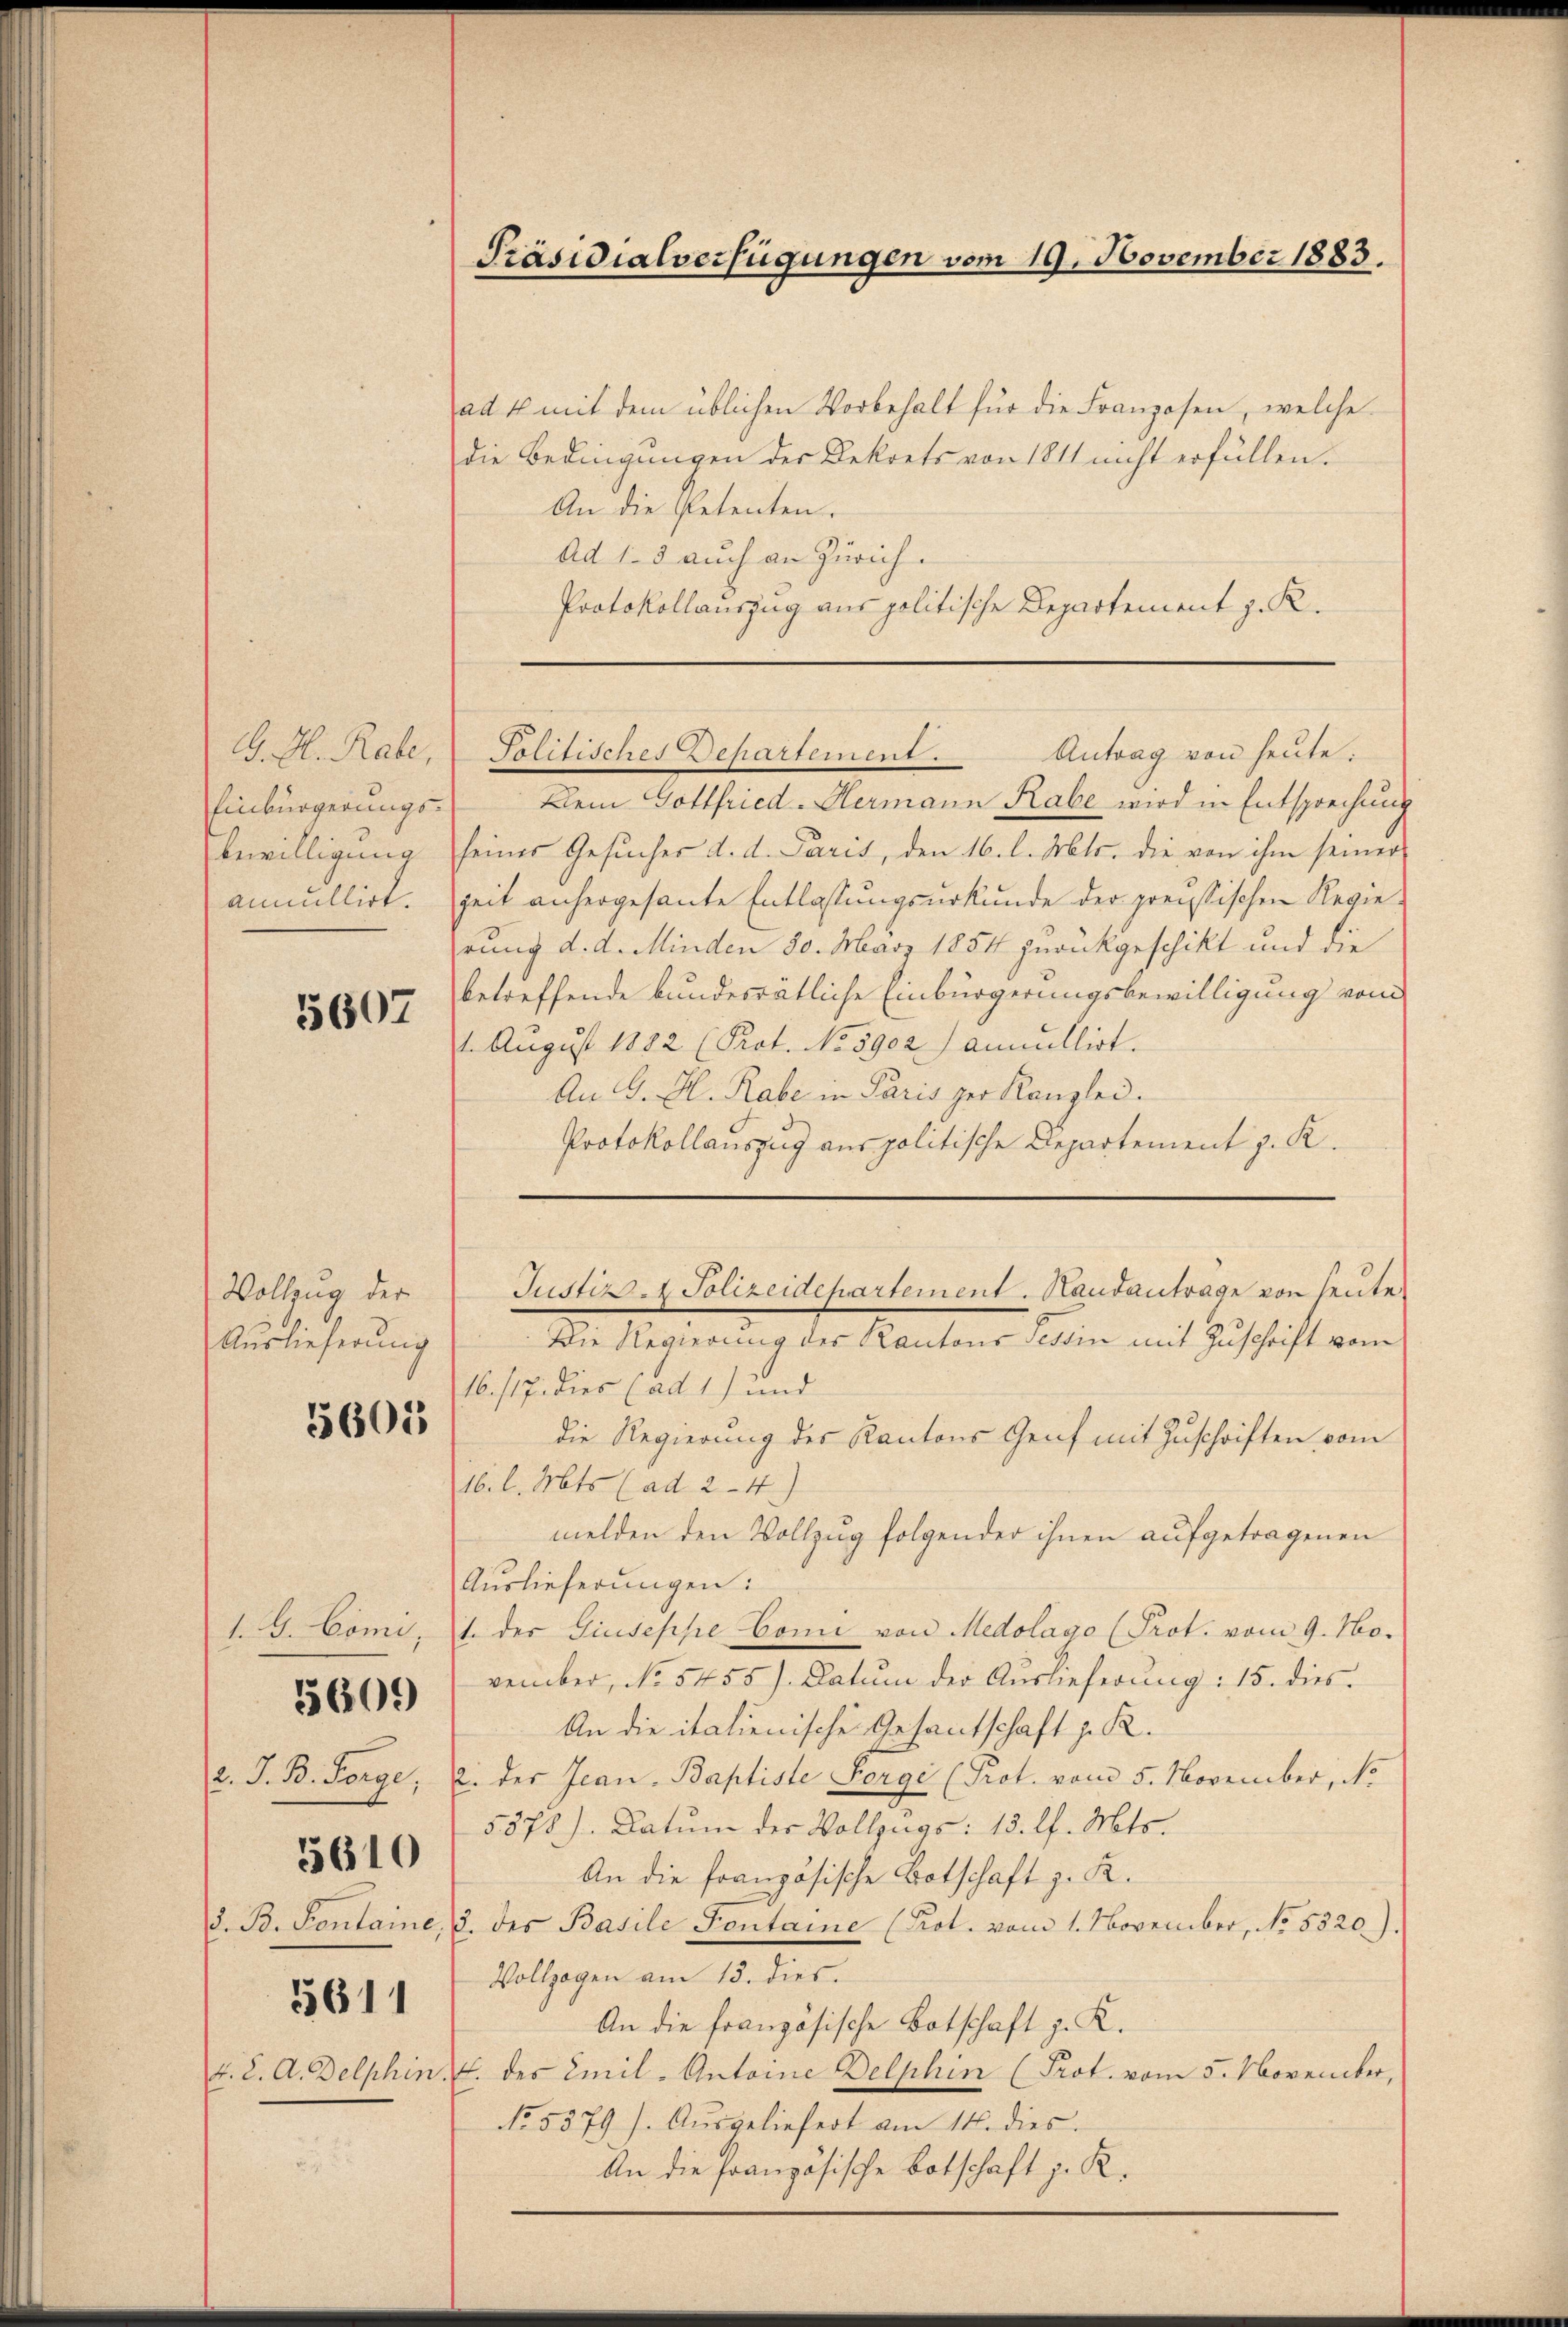
G. H. Rabe,
Einbürgerungsannullirt.

5607

Vollzug der
Auslieferung

5605

5611

5610

Klein Gottfried-Alermann Rabe wird in Entsprechung
Bewilligung seines Gesuches d. d. Paris, den 16. l. Mts. die von ihm seiner
zeit anhergesante Entlassungsurkunde der preußischen Regiehrung d. d. Minden 80. März 1854 zurückgeschikt und die
betreffende bundesrätliche Einbürgerungsbewilligung vom
1. August 1882 (Prot. No 5902) annullirt.
An G. H. Rabe in Paris per Kanzlei.
Protokollauszug aus politische Departement z. K.
Die Regierung des Kantons Tessin mit Zuschrift vom
16./17. dies (ad 1) und
die Regierung des Kantons Genf mit Zuschriften vom
16. l. Mts. (ad 2 - 4)
melden den Vollzug folgender ihnen aufgetragenen
Auslieferungen:
1.G. Comi, 1. der Giuseppe Comi von Medolago (Prot. vom 9. No.
1666) vember, No. 5455). Datum der Aŭslieferŭng: 15. dies.
An die italienische Gesantschaft z. R.
2. J. B. Sorge, u. der Jean Baptiste Sorge (Prot. vom 5. November, No
5578). Datum der Vollzugs: 13. l. Mts.
An die französische Botschaft z. R.
d. B. Fontaine, 2. des Basile Fontaine (Prot. vom 1. November, No. 5320).
Vollzogen am 15. dies.
An die französische Botschaft z. K.
d. L. A. Delphin. F. des Emil - Antoine Delphin (Prot. vom 5. November,
No. 5379). Aŭsgeliefert am 14. dies.
An die französische Botschaft z. R.

ad 4 mit dem üblichen Vorbehalt für die Franzosen, welche
die Bedingungen der Dekrets von 1811 nicht erfüllen.
An die Petenten.
Ad 1. 3 auch an Zürich.
Protokollauszug aus politische Departement z. R.

Präsidialverfügungen vom 19. November 1883.

Antrag von heute.
Politisches Departement.

Justiz- & Polizeidepartement. Handantrage von Leute